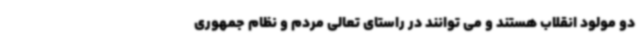
دو مولود انقلاب هستند و می توانند در راستای تعالی مردم و نظام جمهوری